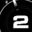
Digit: 2